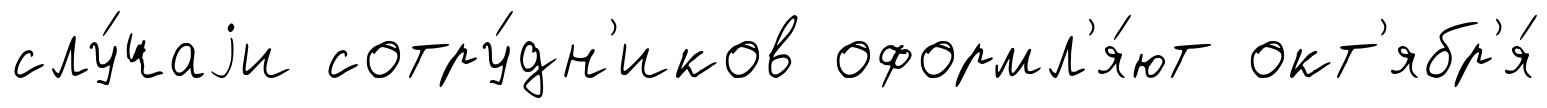
слу́чаjи сотру́дн'иков оформл'я́ют окт'ябр'я́